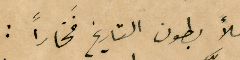
ملأ بطون التاريخ فَخاراً :